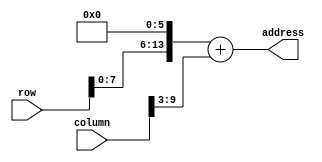
module addr_decode(
  input [9:0] row,
  input [9:0] column,
  output [13:0] address
);

//por enquanto coloca o quadro virtual no canto superior esquerdo
//depois precisa calcular a posicao e colocar no meio da tela
assign address = (row << 6) + (column >> 3);

endmodule